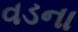
વડના